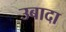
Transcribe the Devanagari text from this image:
उबादा